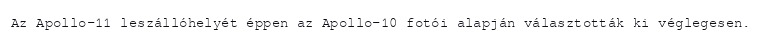
Az Apollo–11 leszállóhelyét éppen az Apollo–10 fotói alapján választották ki véglegesen.